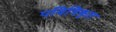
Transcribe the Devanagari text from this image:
पवित्रिकृत